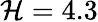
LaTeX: \mathcal{H}=4.3